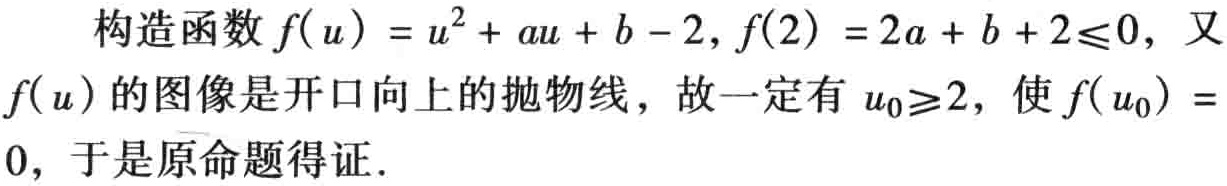
构造函数\(f(u)=u^{2}+au + b - 2\)，\(f(2)=2a + b + 2\leqslant0\)，又\(f(u)\)的图像是开口向上的抛物线，故一定有\(u_{0}\geqslant2\)，使\(f(u_{0}) = 0\)，于是原命题得证.